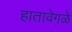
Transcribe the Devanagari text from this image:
हातावेगळे